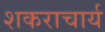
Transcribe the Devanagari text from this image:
शकराचार्य